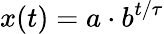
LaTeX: x(t)=a\cdot b^{t/\tau}